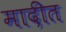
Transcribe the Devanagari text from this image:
मादींत